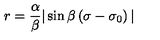
r = \frac { \alpha } { \beta } \vert \sin \beta \left( \sigma - \sigma _ { 0 } \right) \vert